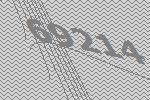
69214